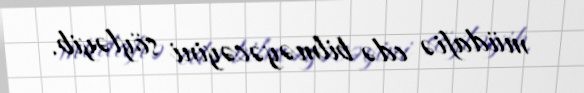
müdafiə edə bilməyəcəyini söyləyib.